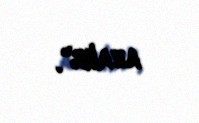
azalır".